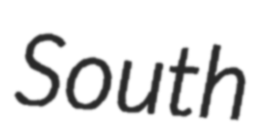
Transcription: South